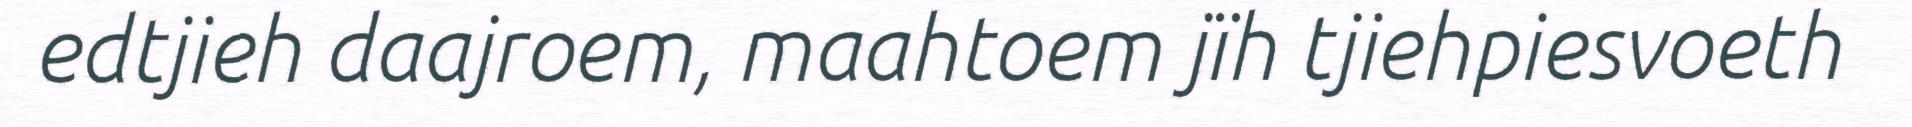
edtjieh daajroem, maahtoem jïh tjiehpiesvoeth